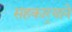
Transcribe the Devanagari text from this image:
सहकार्‍याने